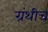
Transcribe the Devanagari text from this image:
ग्रंथीच